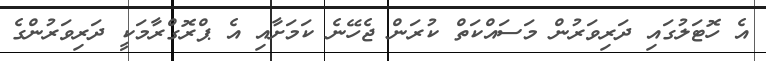
އެ ހޮޓަލުގައި ދަރިވަރުން މަސައްކަތް ކުރަން ޖެހޭނެ ކަމަށާއި އެ ޕްރޮގްރާމަކީ ދަރިވަރުންގެ